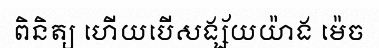
ពិនិត្យ ហើយបើសង្ស័យយ៉ាង ម៉េច